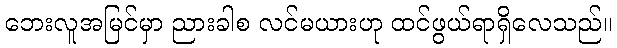
ဘေးလူအမြင်မှာ ညားခါစ လင်မယားဟု ထင်ဖွယ်ရာရှိလေသည်။